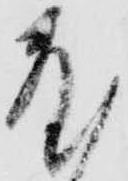
敷